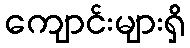
ကျောင်းများရှိ